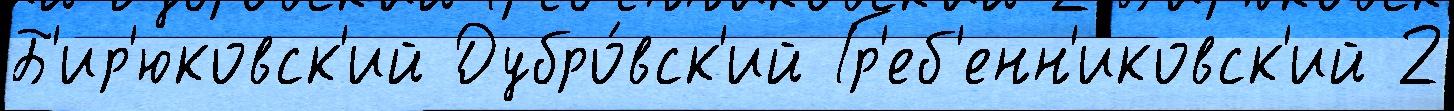
Б'ир'юковск'ий Дубро́вск'ий Гр'еб'енн'иковск'ий 2